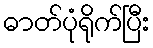
ဓာတ်ပုံရိုက်ပြီး